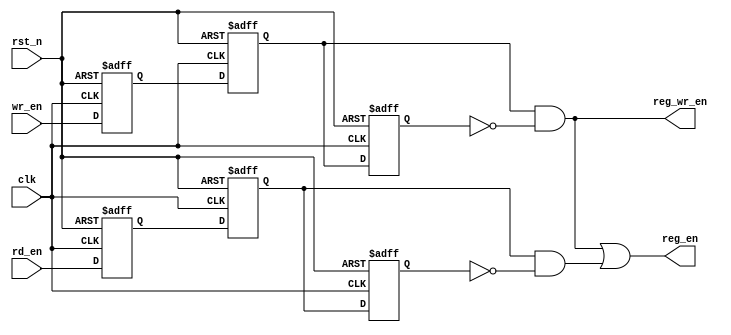
// This program was cloned from: https://github.com/NYU-MLDA/OpenABC
// License: BSD 3-Clause "New" or "Revised" License

module dmi_jtag_to_core_sync
(
  rd_en,
  wr_en,
  rst_n,
  clk,
  reg_en,
  reg_wr_en
);

  input rd_en;
  input wr_en;
  input rst_n;
  input clk;
  output reg_en;
  output reg_wr_en;
  wire reg_en,reg_wr_en,c_rd_en,N0,N1,N2;
  reg [2:0] wren,rden;

  always @(posedge clk or posedge N0) begin
    if(N0) begin
      wren[2] <= 1'b0;
    end else if(1'b1) begin
      wren[2] <= wren[1];
    end
  end


  always @(posedge clk or posedge N0) begin
    if(N0) begin
      wren[1] <= 1'b0;
    end else if(1'b1) begin
      wren[1] <= wren[0];
    end
  end


  always @(posedge clk or posedge N0) begin
    if(N0) begin
      wren[0] <= 1'b0;
    end else if(1'b1) begin
      wren[0] <= wr_en;
    end
  end


  always @(posedge clk or posedge N0) begin
    if(N0) begin
      rden[2] <= 1'b0;
    end else if(1'b1) begin
      rden[2] <= rden[1];
    end
  end


  always @(posedge clk or posedge N0) begin
    if(N0) begin
      rden[1] <= 1'b0;
    end else if(1'b1) begin
      rden[1] <= rden[0];
    end
  end


  always @(posedge clk or posedge N0) begin
    if(N0) begin
      rden[0] <= 1'b0;
    end else if(1'b1) begin
      rden[0] <= rd_en;
    end
  end

  assign reg_en = reg_wr_en | c_rd_en;
  assign N0 = ~rst_n;
  assign c_rd_en = rden[1] & N1;
  assign N1 = ~rden[2];
  assign reg_wr_en = wren[1] & N2;
  assign N2 = ~wren[2];

endmodule